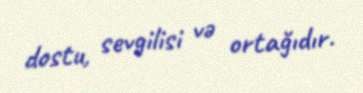
dostu, sevgilisi və ortağıdır.